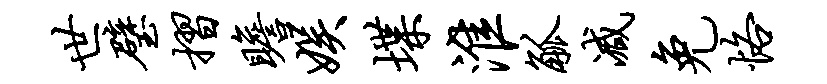
世璧摺瞻娱堞淮觚减免恪